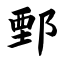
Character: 鄄